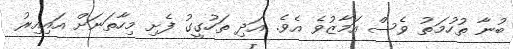
ބުނާ ތުހުމަތު ވެސް އަމާޒުވެ އެވެ. އަދި ތަހުގީގު ފެށި މިހާތަނަށް އައިއިރު